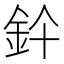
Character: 𨥞